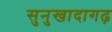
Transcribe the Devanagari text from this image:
सुनुखादागढ़